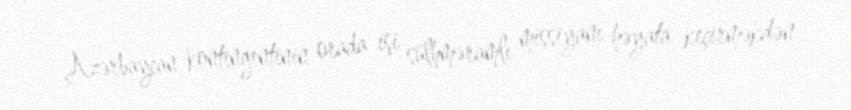
Azərbaycan kontingentinin orada işi sülhməramlı missiyanı həyata keçirməkdən